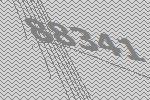
88341